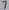
Text: 7